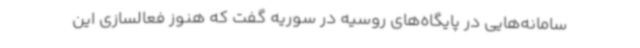
سامانه‌هایی در پایگاه‌های روسیه در سوریه گفت که هنوز فعالسازی این